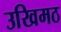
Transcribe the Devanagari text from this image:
उखिमठ